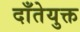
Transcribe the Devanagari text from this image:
दाँतेयुक्त